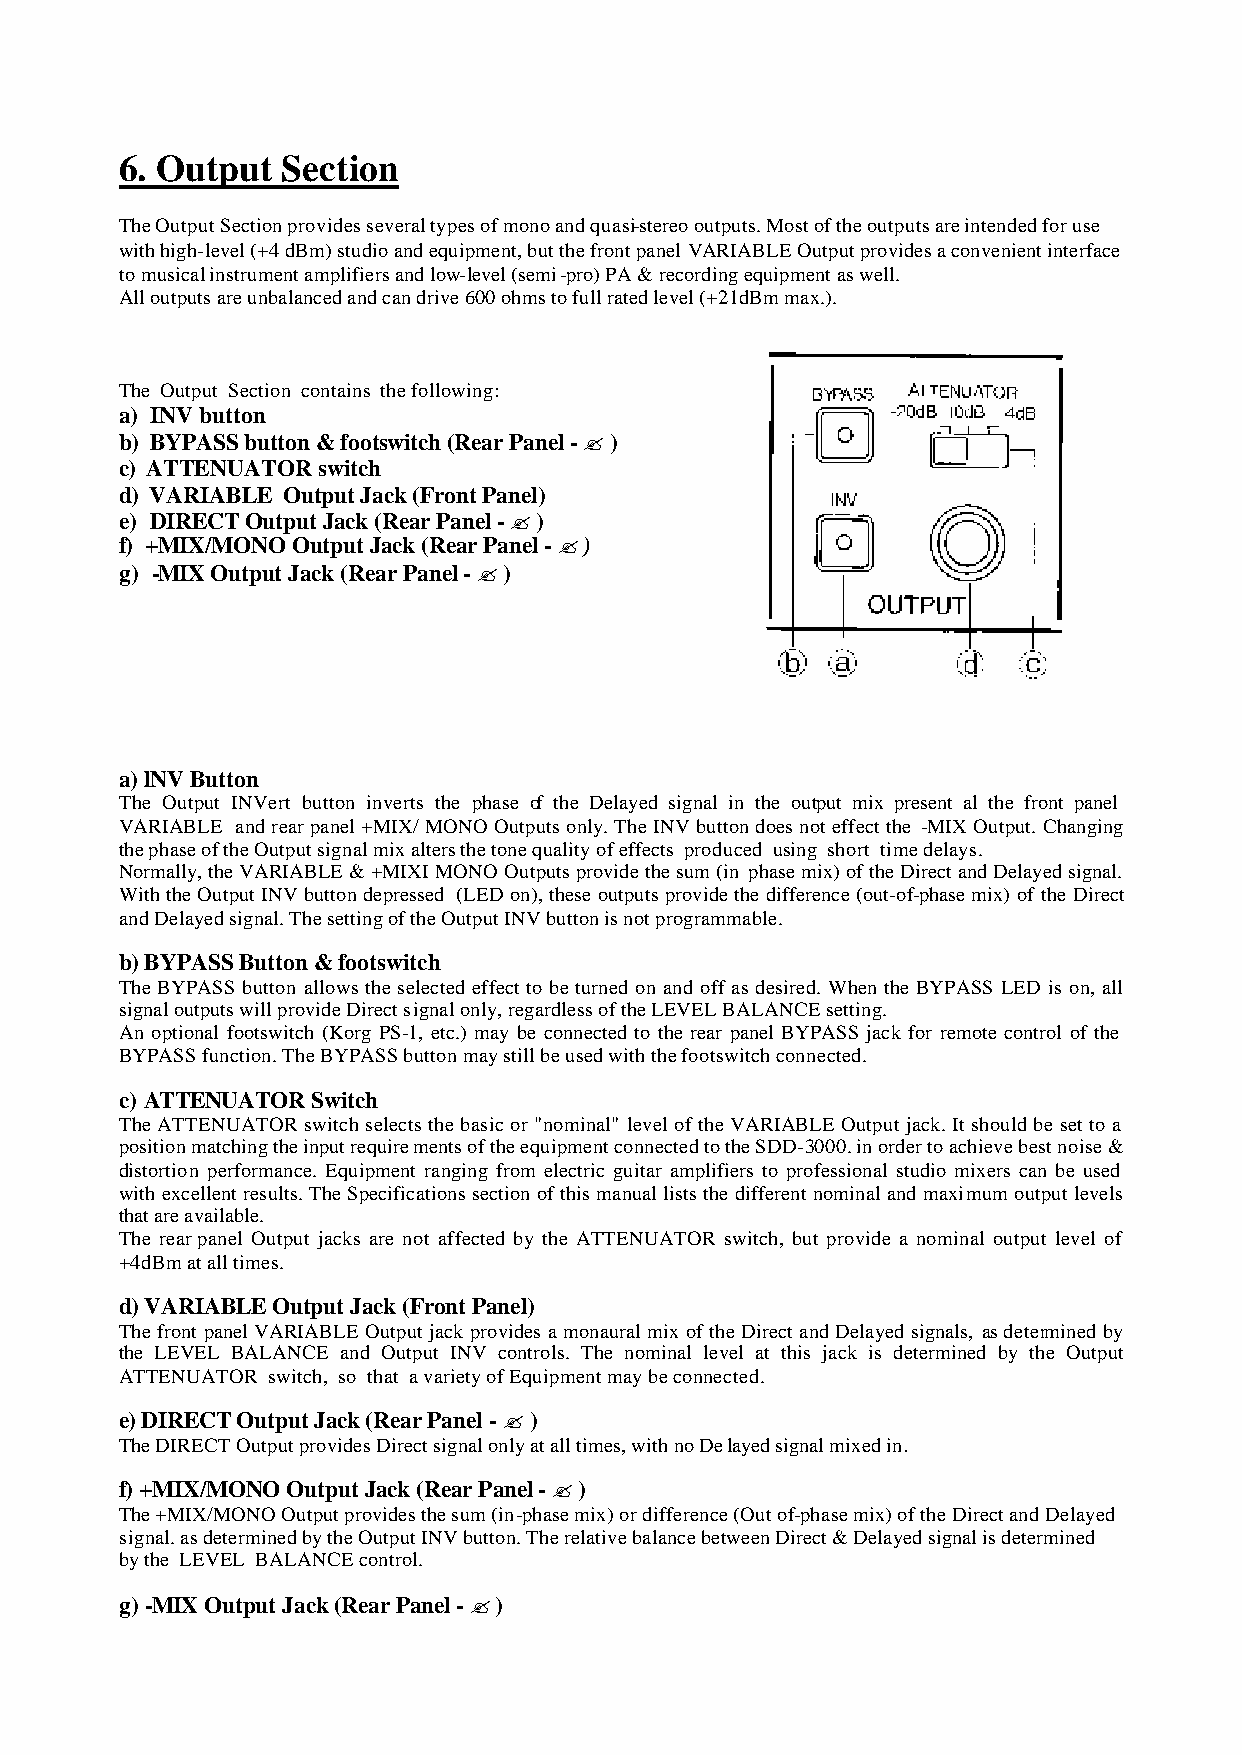
6. Output  Section
 The Output Section provides several types of mono and quasi-stereo outputs. Most of the outputs are intended for use
 with high-level (+4 dBm) studio and equipment, but the front panel VARIABLE Output provides a convenient interface
 to musical instrument amplifiers and low-level (semi-pro) PA & recording equipment as well.
 All outputs are unbalanced and can drive 600 ohms to full rated level (+21dBm max.).
 The Output Section contains the following:
 a) INV button
 b) BYPASS button & footswitch (Rear Panel - ? )
 c) ATTENUATOR switch
 d) VARIABLE Output Jack (Front Panel)
 e) DIRECT Output Jack (Rear Panel - ? )
 f) +MIX/MONO Output Jack (Rear Panel - ? )
 g) -MIX Output Jack (Rear Panel - ? )
 a) lNV Button
 The Output INVert button inverts the phase of the Delayed signal in the output mix present al the front panel
 VARIABLE and rear panel +MIX/ MONO Outputs only. The INV button does not effect the -MIX Output. Changing
 the phase of the Output signal mix alters the tone quality of effects produced using short time delays.
 Normally, the VARIABLE & +MIXI MONO Outputs provide the sum (in phase mix) of the Direct and Delayed signal.
 With the Output INV button depressed (LED on), these outputs provide the difference (out-of-phase mix) of the Direct
 and Delayed signal. The setting of the Output INV button is not programmable.
 b) BYPASS Button & footswitch
 The BYPASS button allows the selected effect to be turned on and off as desired. When the BYPASS LED is on, all
 signal outputs will provide Direct signal only, regardless of the LEVEL BALANCE setting.
 An optional footswitch (Korg PS-1, etc.) may be connected to the rear panel BYPASS jack for remote control of the
 BYPASS function. The BYPASS button may still be used with the footswitch connected.
 c) ATTENUATOR Switch
 The ATTENUATOR switch selects the basic or "nominal" level of the VARIABLE Output jack. It should be set to a
 position matching the input requirements of the equipment connected to the SDD-3000. in order to achieve best noise &
 distortion performance. Equipment ranging from electric guitar amplifiers to professional studio mixers can be used
 with excellent results. The Specifications section of this manual lists the different nominal and maximum output levels
 that are available.
 The rear panel Output jacks are not affected by the ATTENUATOR switch, but provide a nominal output level of
 +4dBm at all times.
 d) VARIABLE Output Jack (Front Panel)
 The front panel VARIABLE Output jack provides a monaural mix of the Direct and Delayed signals, as determined by
 the LEVEL BALANCE and Output INV controls. The nominal level at this jack is determined by the Output
 ATTENUATOR switch, so that a variety of Equipment may be connected.
 e) DIRECT Output Jack (Rear Panel - ? )
 The DIRECT Output provides Direct signal only at all times, with no Delayed signal mixed in.
 f) +MIX/MONO Output Jack (Rear Panel - ? )
 The +MIX/MONO Output provides the sum (in-phase mix) or difference (Out of-phase mix) of the Direct and Delayed
 signal. as determined by the Output INV button. The relative balance between Direct & Delayed signal is determined
 by the LEVEL BALANCE control.
 g) -MIX Output Jack (Rear Panel - ? )